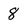
Character: 8